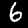
Digit: 6